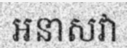
អនាសវា